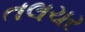
તલચર